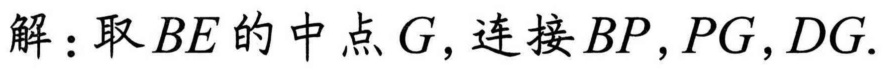
解：取\(BE\)的中点\(G\)，连接\(BP,PG,DG\).